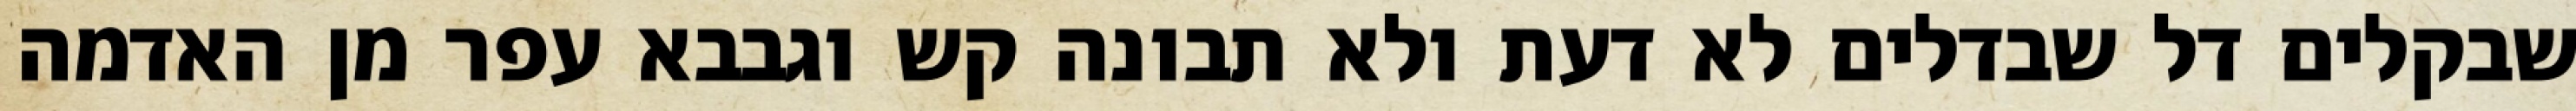
שבקלים דל שבדלים לא דעת ולא תבונה קש וגבבא עפר מן האדמה